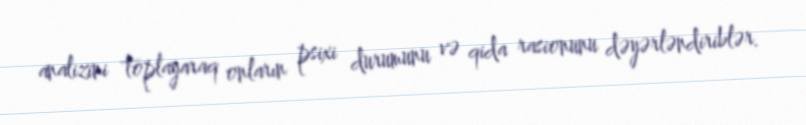
analizini toplayaraq onların psixi durumunu və qida rasionunu dəyərləndiriblər.